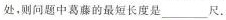
处，则问题中葛藤的最短长度是___尺。